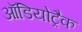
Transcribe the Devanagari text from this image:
ऑडियोट्रैक